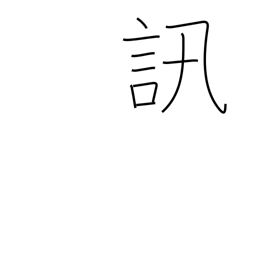
Meaning: investigate